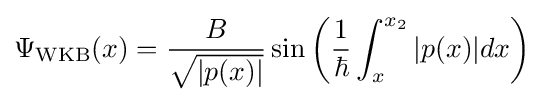
\Psi _{\text{WKB}}(x)={\frac {B}{\sqrt {|p(x)|}}}\sin {\left({\frac {1}{\hbar }}\int _{x}^{x_{2}}|p(x)|dx\right)}